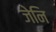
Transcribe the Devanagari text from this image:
जेनि